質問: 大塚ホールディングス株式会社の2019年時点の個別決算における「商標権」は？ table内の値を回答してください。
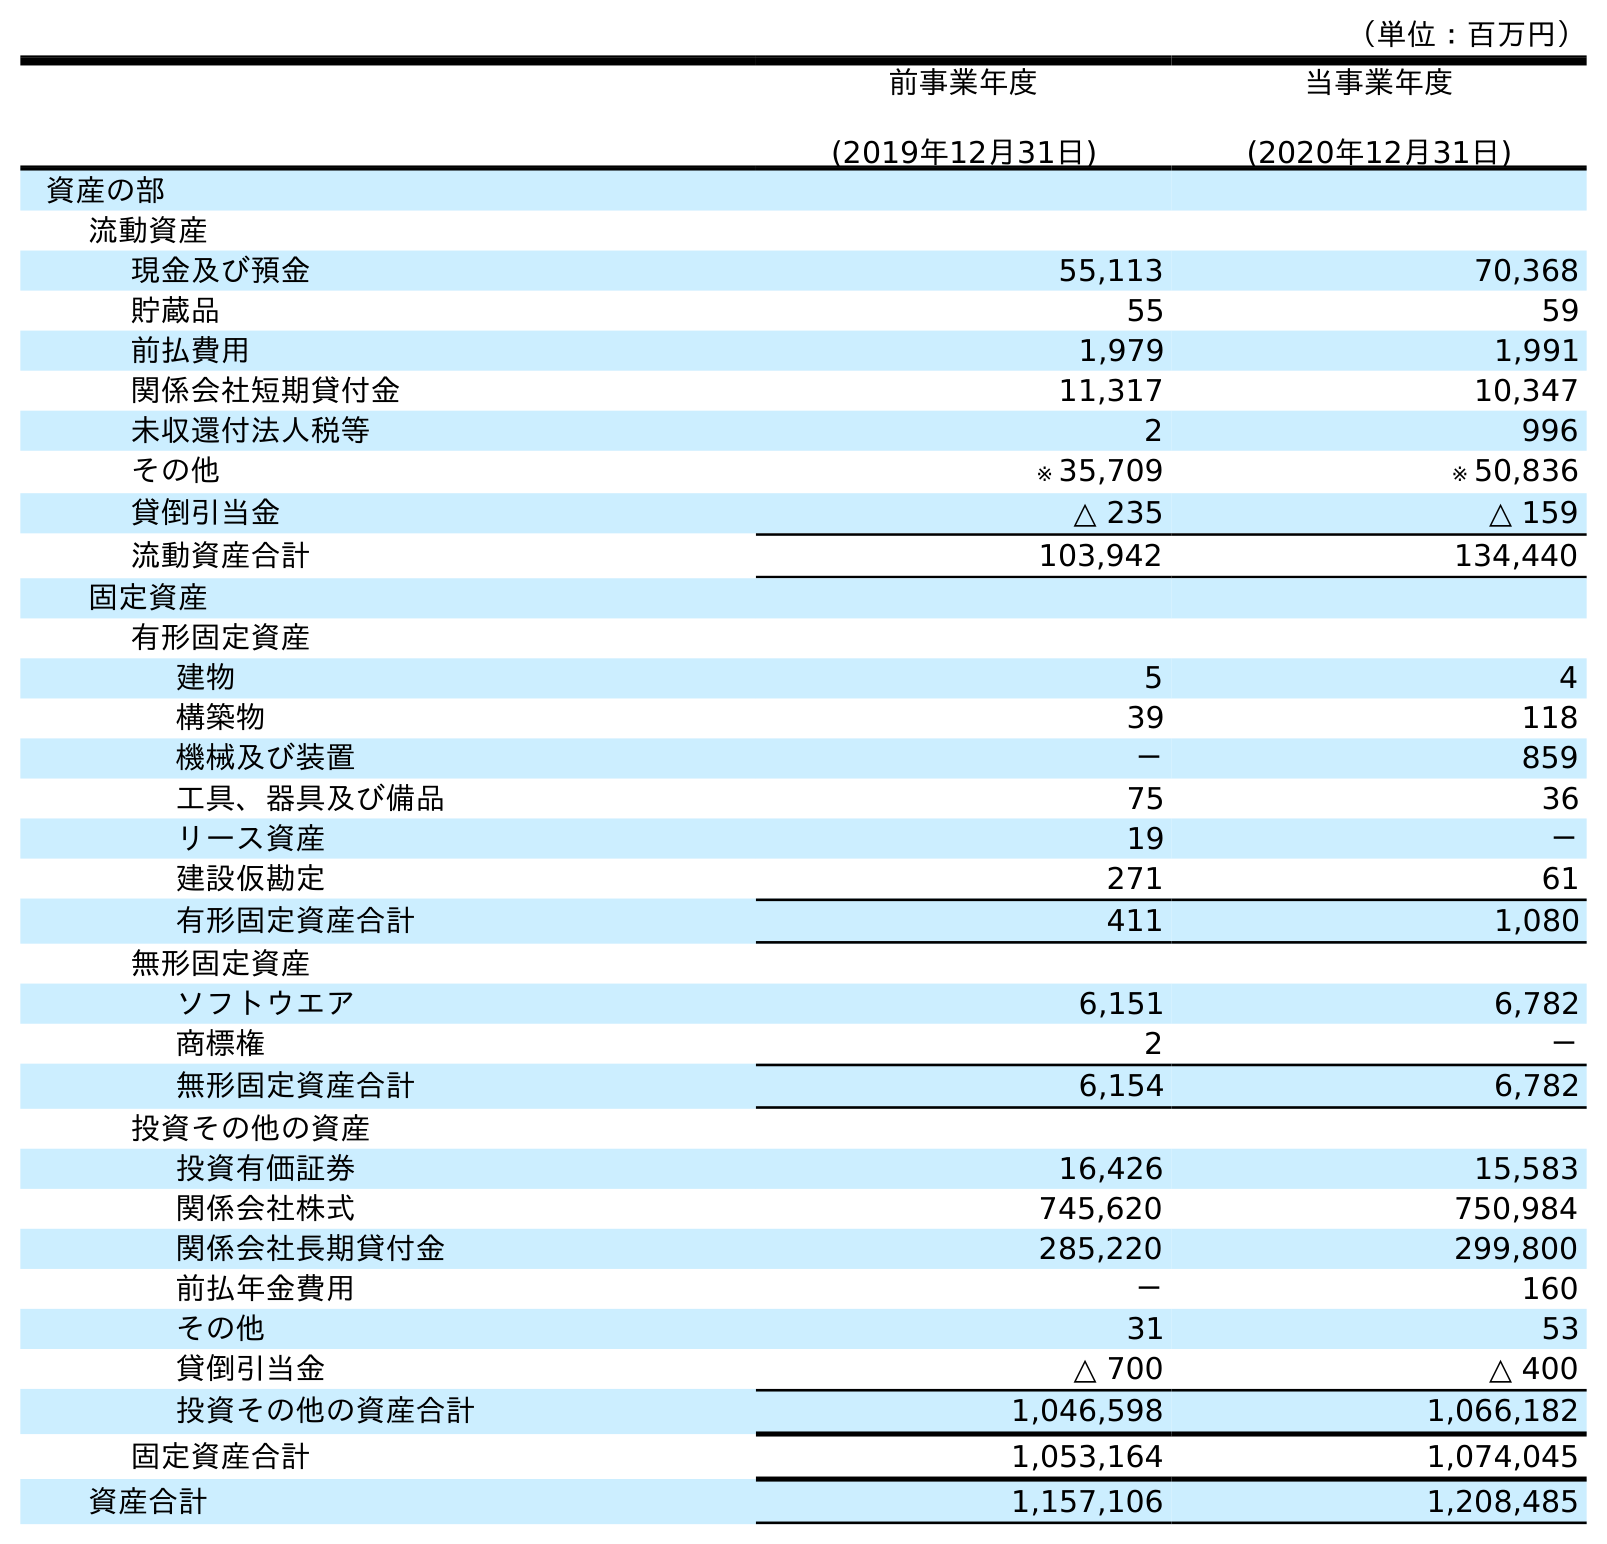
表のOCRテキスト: （単位：百万円） 前事業年度 (2019年12月31日) 当事業年度 (2020年12月31日) 資産の部 流動資産 現金及び預金 55,113 70,368 貯蔵品 55 59 前払費用 1,979 1,991 関係会社短期貸付金 11,317 10,347 未収還付法人税等 2 996 その他 ※ 35,709 ※ 50,836 貸倒引当金 △ 235 △ 159 流動資産合計 103,942 134,440 固定資産 有形固定資産 建物 5 4 構築物 39 118 機械及び装置 － 859 工具、器具及び備品 75 36 リース資産 19 － 建設仮勘定 271 61 有形固定資産合計 411 1,080 無形固定資産 ソフトウエア 6,151 6,782 商標権 2 － 無形固定資産合計 6,154 6,782 投資その他の資産 投資有価証券 16,426 15,583 関係会社株式 745,620 750,984 関係会社長期貸付金 285,220 299,800 前払年金費用 － 160 その他 31 53 貸倒引当金 △ 700 △ 400 投資その他の資産合計 1,046,598 1,066,182 固定資産合計 1,053,164 1,074,045 資産合計 1,157,106 1,208,485
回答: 2